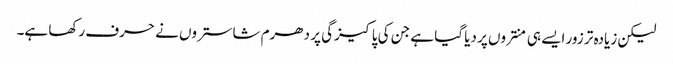
لیکن زیادہ تر زور ایسے ہی منتروں پر دیا گیا ہے جن کی پاکیزگی پر دھرم شاستروں نے حرف رکھا ہے۔